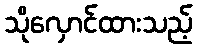
သိုလှောင်ထားသည့်